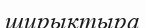
ширықтыра